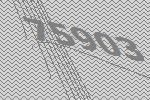
75903